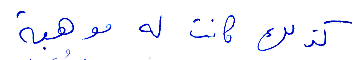
كذلك كانت له موهبة